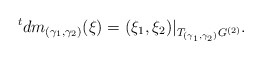
\begin{align*} {}^tdm_{(\gamma_1,\gamma_2)}(\xi)=(\xi_1,\xi_2)\vert_{T_{(\gamma_1,\gamma_2)}G^{(2)}}.\end{align*}